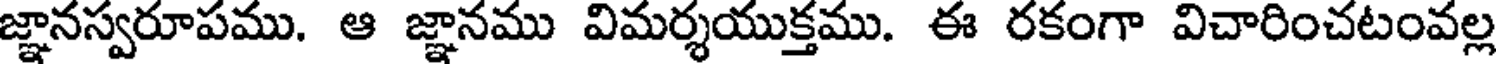
జ్ఞానస్వరూపము. ఆ జ్ఞానము విమర్శయుక్తము. ఈ రకంగా విచారించటంవల్ల